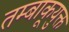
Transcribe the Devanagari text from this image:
तम्बाकूयुक्त